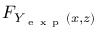
F _ { Y _ { \mathrm { ~ e ~ x ~ p ~ } } ( x , z ) }